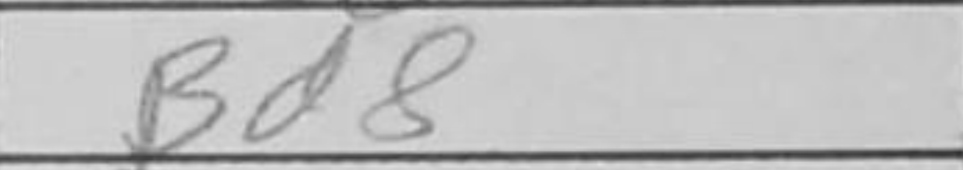
Transcription: Bd8